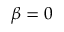
\beta = 0